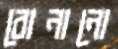
বোনানো